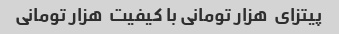
پیتزای  هزار تومانی با کیفیت  هزار تومانی